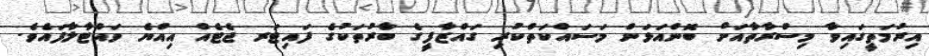
އިރުމަތީގައިވާ މިސްރާތާއަށް ބޮންއަޅަން މަސައްކަތްކުރި ގައްޒާފީގެ ބާރުތަކުގެ ފައިޓަރ ޖެޓެއް އިއްޔެ ވައްޓާލާފައެވެ.